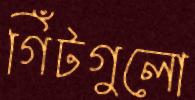
গিঁটগুলো